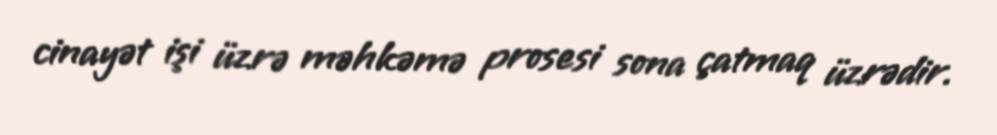
cinayət işi üzrə məhkəmə prosesi sona çatmaq üzrədir.